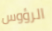
الرؤوس